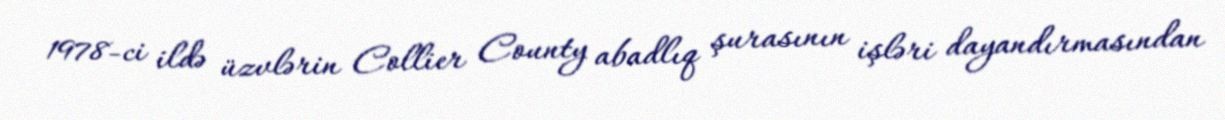
1978-ci ildə üzvlərin Collier County abadlıq şurasının işləri dayandırmasından